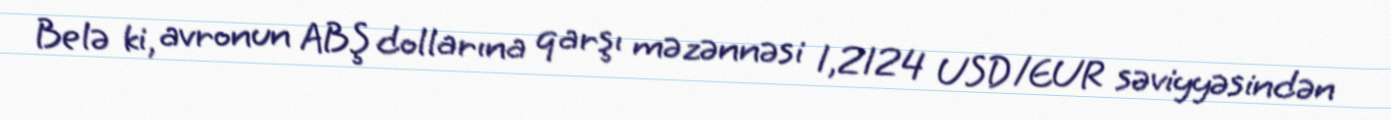
Belə ki, avronun ABŞ dollarına qarşı məzənnəsi 1,2124 USD/EUR səviyyəsindən